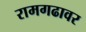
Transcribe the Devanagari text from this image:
रामगढावर